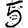
Digit: 5